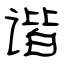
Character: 谐